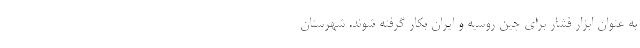
به عنوان ابزار فشار برای چین روسیه و ایران بکار گرفته شوند. شهرستان